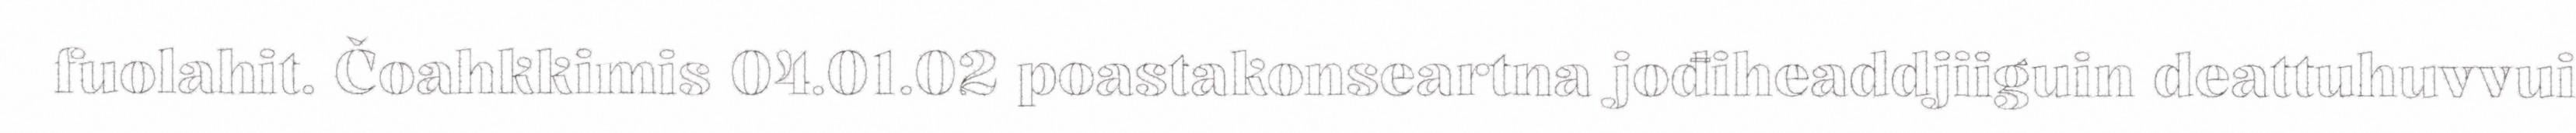
fuolahit. Čoahkkimis 04.01.02 poastakonseartna jođiheaddjiiguin deattuhuvvui